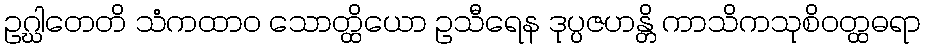
ဥဂ္ဃါတေတိ သံကထာဝ သောတ္ထိယော ဥသီရေန ဒုပ္ပဇဟန္တိ ကာသိကသုစိဝတ္ထဓရာ